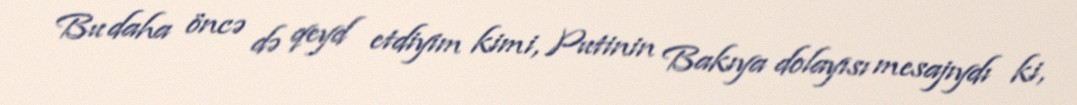
Bu daha öncə də qeyd etdiyim kimi, Putinin Bakıya dolayısı mesajıydı ki,